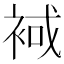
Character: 𧚑